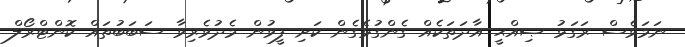
ނަމަވެސް ރަގަޅު ޞިއްޙީ އާދަތަކެއް ގެންގުޅެގެން ކަށި ފީވުން މެދުވެރިވާ ސަބަބުތައް ކޮންޓްރޯލް